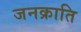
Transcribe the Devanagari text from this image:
जनक्राति